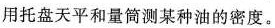
用托盘天平和量筒测某种油的密度。